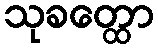
သုခတ္ထော